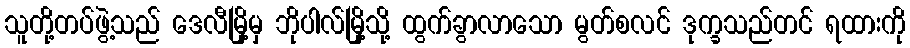
သူတို့တပ်ဖွဲ့သည် ဒေလီမြို့မှ ဘိုပါလ်မြို့သို့ ထွက်ခွာလာသော မွတ်စလင် ဒုက္ခသည်တင် ရထားကို